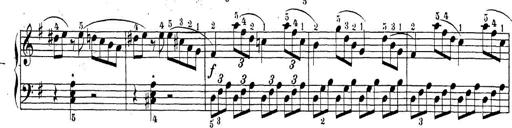
Title: Sonatina Album
Composer: Louis KÃ¶hler